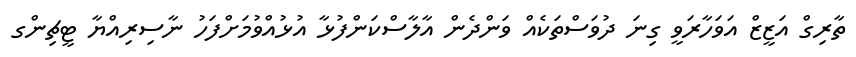
ތާރިގް އަޒީޒް އަވަހާރަވީ ގިނަ ދުވަސްތަކެއް ވަންދެން އާލާސްކަންފުޅާ އުޅުއްވުމަށްފަހު ނާސިރިއްޔާ ޓީޗިންގ